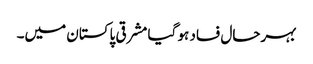
بہرحال فساد ہو گیا مشرقی پاکستان میں۔